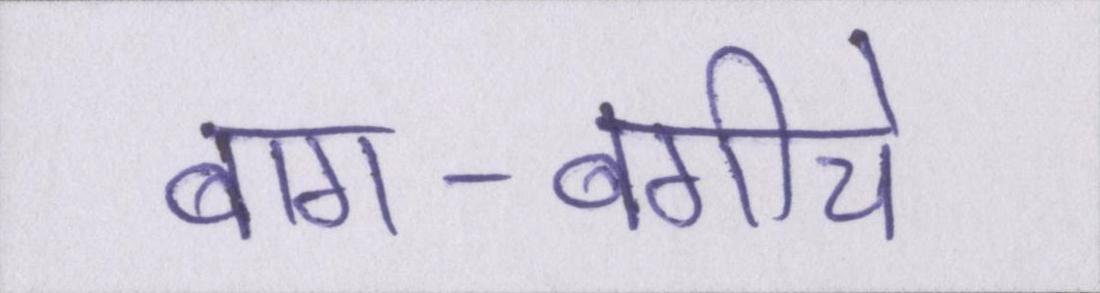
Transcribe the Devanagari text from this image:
बाग-बगीचे